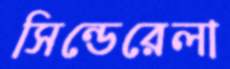
সিন্ডেরেলা